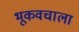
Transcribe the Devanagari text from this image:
भूकवचाला